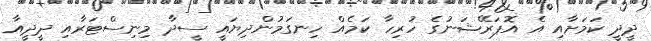
ދީދީ ކަމަށާއި އެ އޮޕަރޭޝަނުގެ ހުރިހާ ކަމެއް ހިނގަމުންދިޔައީ ސީދާ މިނިސްޓަރާއި ދީދީއާ